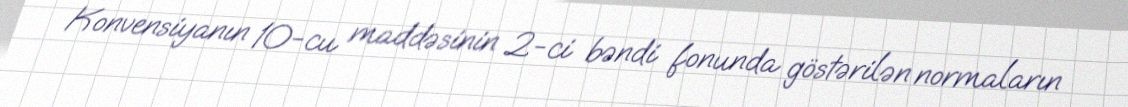
Konvensiyanın 10-cu maddəsinin 2-ci bəndi fonunda göstərilən normaların